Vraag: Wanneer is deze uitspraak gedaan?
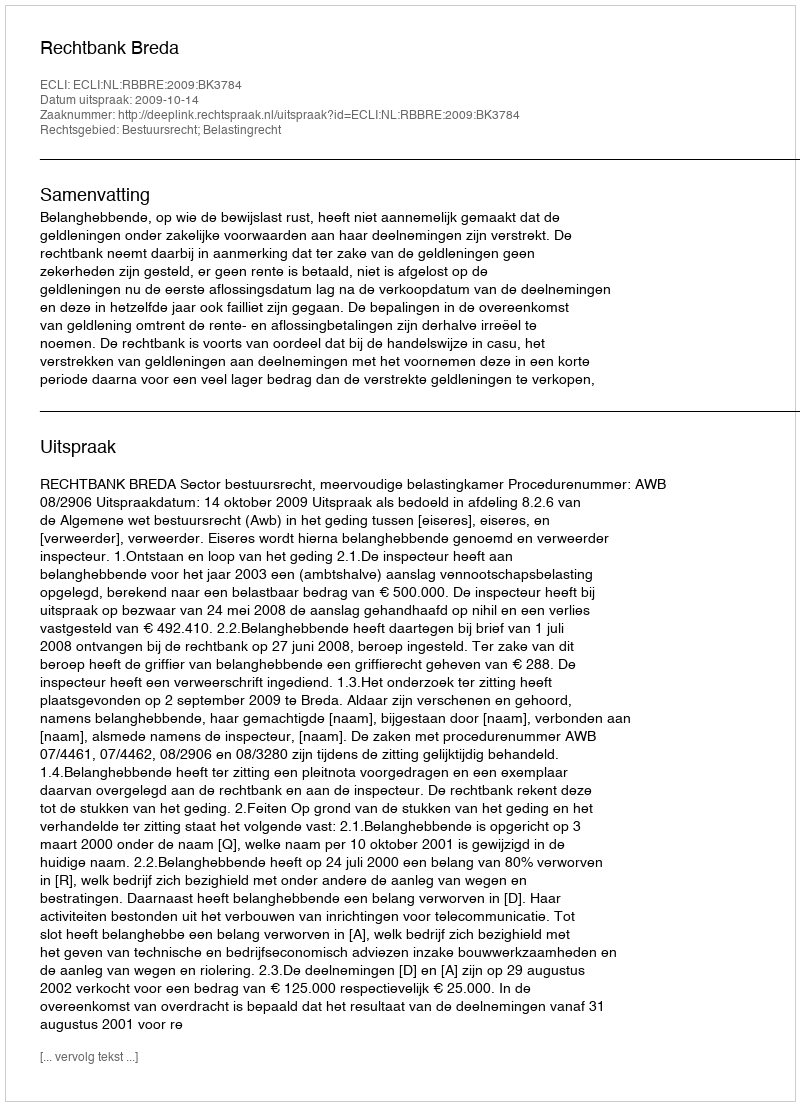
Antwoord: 2009-10-14